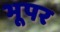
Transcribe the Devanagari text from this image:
भूपर